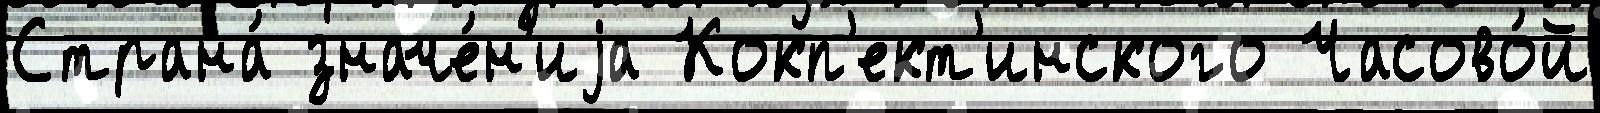
Страна́ значе́н'иjа Кокп'ект'инского Часово́й